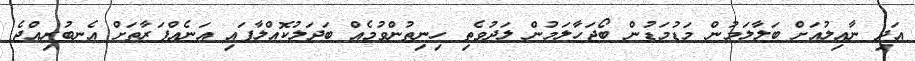
އަދި ނާއިލުއަށް ބަލާލަމުން މަޑުމަޑުން ބޯޖަހާލަމުން ލަދުވެތި ހިނިތުންވުމެއް ބަދަލުކޮއްލާފައި އަނެއްފަރާތަށް އެނބުރިއްޖެ